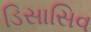
ડિસાસિવ